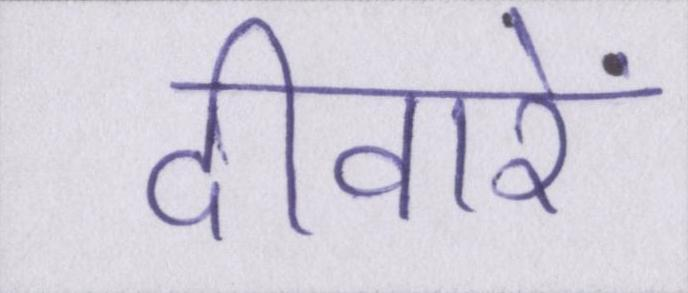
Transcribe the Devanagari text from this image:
दीवारें